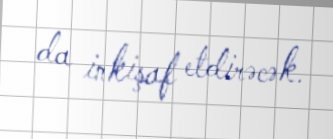
da inkişaf etdirəcək.